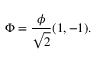
\Phi = { \frac { \phi } { \sqrt { 2 } } } ( 1 , - 1 ) .